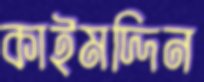
কাইমদ্দিন